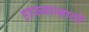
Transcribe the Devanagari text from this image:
हास्यासाठी